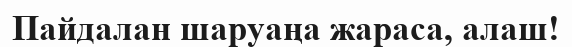
Пайдалан шаруаңа жараса, алаш!